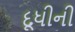
દૂધીની